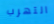
التهرب